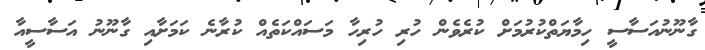
ގާނޫނުއަސާސީ ހިމާޔަތްކުރުމަށް ކުރެވެން ހުރި ހުރިހާ މަސައްކަތެއް ކުރާނެ ކަމަށާއި ގާނޫނު އަސާސީއާ